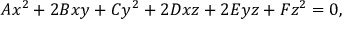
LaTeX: A x ^ { 2 } + 2 B x y + C y ^ { 2 } + 2 D x z + 2 E y z + F z ^ { 2 } = 0 ,